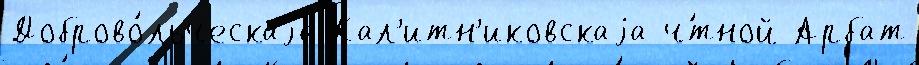
Доброво́льческаjа Кал'итн'иковскаjа ч́тной Арбат